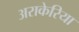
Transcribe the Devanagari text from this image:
अराकेरिया